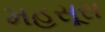
મહસૂસ